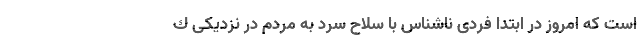
است که امروز در ابتدا فردی ناشناس با سلاح سرد به مردم در نزدیکی ك